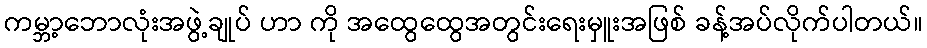
ကမ္ဘာ့ဘောလုံးအဖွဲ့ချုပ် ဟာ ကို အထွေထွေအတွင်းရေးမှူးအဖြစ် ခန့်အပ်လိုက်ပါတယ်။